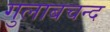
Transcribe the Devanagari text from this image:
गुलाबचन्द